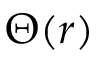
\Theta ( r )